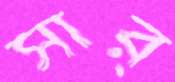
সার্